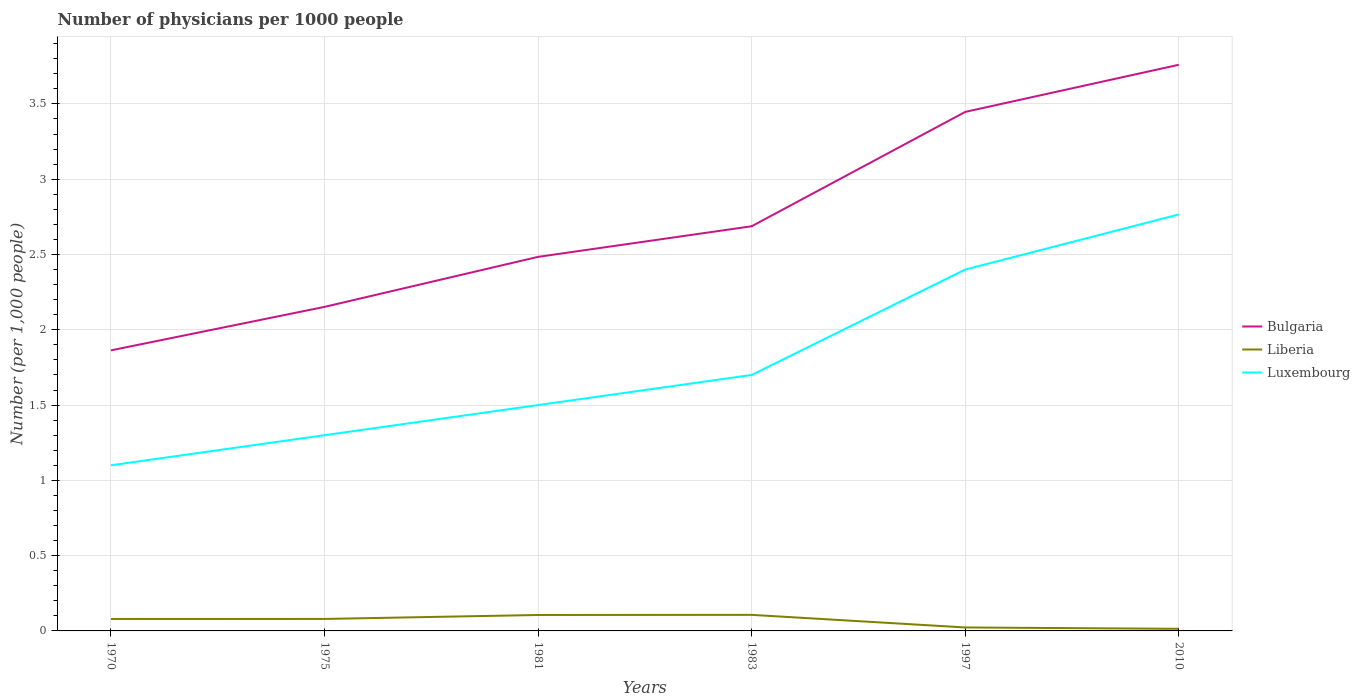
| Years | Bulgaria | Liberia | Luxembourg |
 | --- | --- | --- | --- |
 | 1970 | 1.86 | 0.0794 | 1.1 |
 | 1975 | 2.15 | 0.0796 | 1.3 |
 | 1981 | 2.48 | 0.106 | 1.5 |
 | 1983 | 2.69 | 0.107 | 1.7 |
 | 1997 | 3.45 | 0.023 | 2.4 |
 | 2010 | 3.76 | 0.014 | 2.77 |